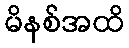
မိနစ်အထိ